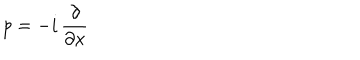
LaTeX: p = - i \, \frac { \partial } { \partial x } \hspace { 3 c m } \mathrm { }